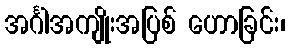
အင်္ဂါအကျိုးအပြစ် ဟောခြင်း၊